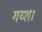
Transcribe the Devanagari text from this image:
गय्श।